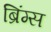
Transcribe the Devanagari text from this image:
ब्रिंग्स